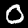
Label: 0